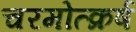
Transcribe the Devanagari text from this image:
चरमोत्क्रर्ष